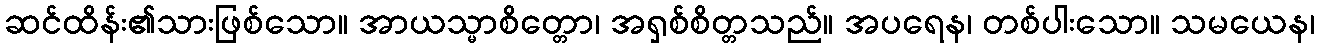
ဆင်ထိန်း၏သားဖြစ်သော။ အာယသ္မာစိတ္တော၊ အရှစ်စိတ္တသည်။ အပရေန၊ တစ်ပါးသော။ သမယေန၊